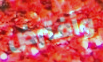
وأفترض